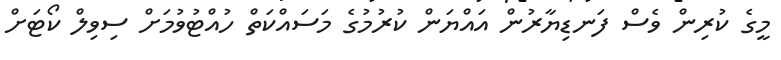
މީގެ ކުރިން ވެސް ފަނޑިޔާރުން އައްޔަން ކުރުމުގެ މަސައްކަތް ހުއްޓުވުމަށް ސިވިލް ކޯޓަށް